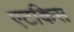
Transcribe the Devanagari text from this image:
एटकिस